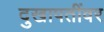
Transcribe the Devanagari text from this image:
दुखापतींवर